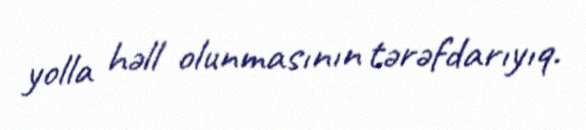
yolla həll olunmasının tərəfdarıyıq.